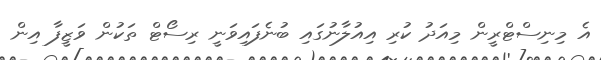
އެ މިނިސްޓްރީން މިއަދު ކުރި އިއުލާނުގައި ބުނެފައިވަނީ ރިސޯޓް ތަކުން ވަޒީފާ އިން